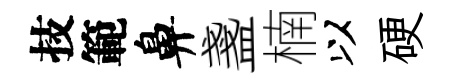
技範鼻盞楠以硬